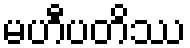
မဟီပတိဿ